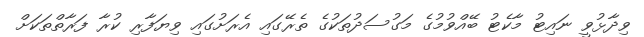
ވިދާޅުވީ ނައިޓު މާކެޓު ބޭއްވުމުގެ މަގުސަދުތަކުގެ ތެރޭގައި އެރަށުގައި ވިޔަފާރި ކުރާ ފަރާތްތަކަށް